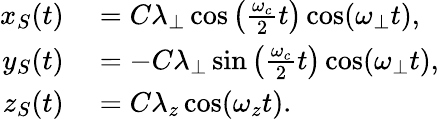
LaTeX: \begin{array}{rl}{x_{S}(t)}&{{}=C\lambda_{\perp}\cos\left(\frac{\omega_{c}}{2}t\right)\cos(\omega_{\perp}t),}\\ {y_{S}(t)}&{{}=-C\lambda_{\perp}\sin\left(\frac{\omega_{c}}{2}t\right)\cos(\omega_{\perp}t),}\\ {z_{S}(t)}&{{}=C\lambda_{z}\cos(\omega_{z}t).}\end{array}